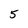
Character: 5